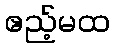
ဧည့်မထ